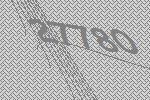
27780